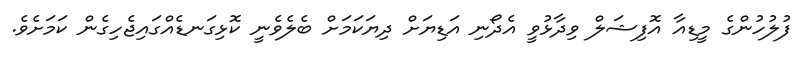
ފުލުހުންގެ މީޑިއާ އޮފިޝަލް ވިދާޅުވީ އެދޯނި އަޑިޔަށް ދިޔަކަމަށް ބެލެވެނީ ކޮޅިގަނޑެއްގައިޖެހިގެން ކަމަށެވެ.